Vaccine operations Central Provinces & Berar 1912-1920 - 1912-1920
Year: 1912
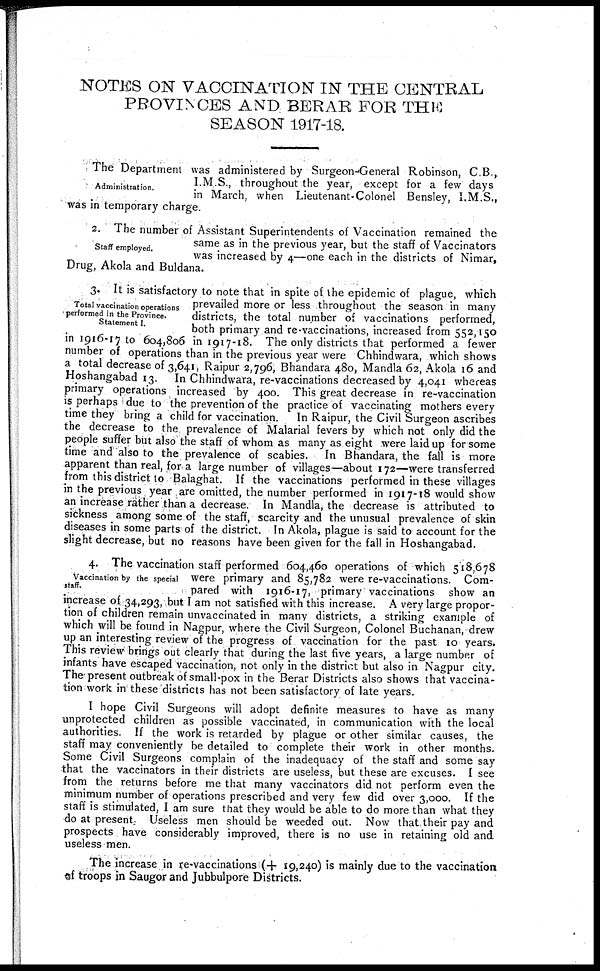
NOTES ON VACCINATION IN THE CENTRAL
PROVINCES AND BERAR FOR THE
SEASON 1917-18.
Administration.
The Department was administered by Surgeon-General Robinson, C.B.,
I.M.S., throughout the year, except for a few days
in March, when Lieutenant-Colonel Bensley, I.M.S.,
was in temporary charge.
Staff employed.
2. The number of Assistant Superintendents of Vaccination remained the
same as in the previous year, but the staff of Vaccinators
was increased by 4—one each in the districts of Nimar,
Drug, Akola and Buldana.
Total vaccination operations
performed in the Province.
Statement I.
3. It is satisfactory to note that in spite of the epidemic of plague, which
prevailed more or less throughout the season in many
districts, the total number of vaccinations performed,
both primary and re-vaccinations, increased from 552,150
in 1916-17 to 604,806 in 1917-18. The only districts that performed a fewer
number of operations than in the previous year were Chhindwara, which shows
a total decrease of 3,641, Raipur 2,796, Bhandara 480, Mandla 62, Akola 16 and
Hoshangabad 13. In Chhindwara, re-vaccinations decreased by 4,041 whereas
primary operations increased by 400. This great decrease in re-vaccination
is perhaps due to the prevention of the practice of vaccinating mothers every
time they bring a child for vaccination. In Raipur, the Civil Surgeon ascribes
the decrease to the prevalence of Malarial fevers by which not only did the
people suffer but also the staff of whom as many as eight were laid up for some
time and also to the prevalence of scabies. In Bhandara, the fall is more
apparent than real, for a large number of villages—about 172—were transferred
from this district to Balaghat. If the vaccinations performed in these villages
in the previous year are omitted, the number performed in 1917-18 would show
an increase rather than a decrease. In Mandla, the decrease is attributed to
sickness among some of the staff, scarcity and the unusual prevalence of skin
diseases in some parts of the district. In Akola, plague is said to account for the
slight decrease, but no reasons have been given for the fall in Hoshangabad.
Vaccination by the special
staff.
4. The vaccination staff performed 604,460 operations of which 518,678
were primary and 85,782 were re-vaccinations. Com-
pared with 1916-17, primary vaccinations show an
increase of 34,293, but I am not satisfied with this increase. A very large propor-
tion of children remain unvaccinated in many districts, a striking example of
which will be found in Nagpur, where the Civil Surgeon, Colonel Buchanan, drew
up an interesting review of the progress of vaccination for the past 10 years.
This review brings out clearly that during the last five years, a large number of
infants have escaped vaccination, not only in the district but also in Nagpur city.
The present outbreak of small-pox in the Berar Districts also shows that vaccina-
tion work in these districts has not been satisfactory of late years.
I hope Civil Surgeons will adopt definite measures to have as many
unprotected children as possible vaccinated, in communication with the local
authorities. If the work is retarded by plague or other similar causes, the
staff may conveniently be detailed to complete their work in other months.
Some Civil Surgeons complain of the inadequacy of the staff and some say
that the vaccinators in their districts are useless, but these are excuses. I see
from the returns before me that many vaccinators did not perform even the
minimum number of operations prescribed and very few did over 3,000. If the
staff is stimulated, I am sure that they would be able to do more than what they
do at present. Useless men should be weeded out. Now that their pay and
prospects have considerably improved, there is no use in retaining old and
useless men.
The increase in re-vaccinations (+ 19,240) is mainly due to the vaccination
of troops in Saugor and Jubbulpore Districts.